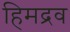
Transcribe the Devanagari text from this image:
हिमद्रव